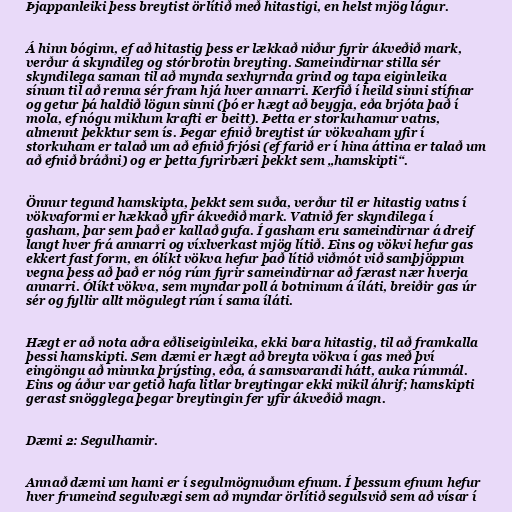
Þjappanleiki þess breytist örlítið með hitastigi, en helst mjög lágur.

Á hinn bóginn, ef að hitastig þess er lækkað niður fyrir ákveðið mark,
verður á skyndileg og stórbrotin breyting. Sameindirnar stilla sér
skyndilega saman til að mynda sexhyrnda grind og tapa eiginleika
sínum til að renna sér fram hjá hver annarri. Kerfið í heild sinni stífnar
og getur þá haldið lögun sinni (þó er hægt að beygja, eða brjóta það í
mola, ef nógu miklum krafti er beitt). Þetta er storkuhamur vatns,
almennt þekktur sem ís. Þegar efnið breytist úr vökvaham yfir í
storkuham er talað um að efnið frjósi (ef farið er í hina áttina er talað um
að efnið bráðni) og er þetta fyrirbæri þekkt sem „hamskipti“.

Önnur tegund hamskipta, þekkt sem suða, verður til er hitastig vatns í
vökvaformi er hækkað yfir ákveðið mark. Vatnið fer skyndilega í
gasham, þar sem það er kallað gufa. Í gasham eru sameindirnar á dreif
langt hver frá annarri og víxlverkast mjög lítið. Eins og vökvi hefur gas
ekkert fast form, en ólíkt vökva hefur það lítið viðmót við samþjöppun
vegna þess að það er nóg rúm fyrir sameindirnar að færast nær hverja
annarri. Ólíkt vökva, sem myndar poll á botninum á íláti, breiðir gas úr
sér og fyllir allt mögulegt rúm í sama íláti.

Hægt er að nota aðra eðliseiginleika, ekki bara hitastig, til að framkalla
þessi hamskipti. Sem dæmi er hægt að breyta vökva í gas með því
eingöngu að minnka þrýsting, eða, á samsvarandi hátt, auka rúmmál.
Eins og áður var getið hafa litlar breytingar ekki mikil áhrif; hamskipti
gerast snögglega þegar breytingin fer yfir ákveðið magn.

Dæmi 2: Segulhamir.

Annað dæmi um hami er í segulmögnuðum efnum. Í þessum efnum hefur
hver frumeind segulvægi sem að myndar örlítið segulsvið sem að vísar í